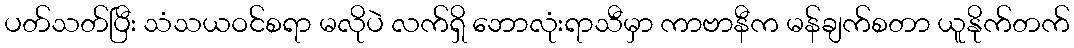
ပတ်သတ်ပြီး သံသယဝင်စရာ မလိုပဲ လက်ရှိ ဘောလုံးရာသီမှာ ကာဗာနီက မန်ချက်စတာ ယူနိုက်တက်